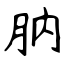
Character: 肭